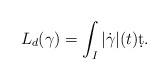
LaTeX: \begin{align*}L_d(\gamma)=\int_I |\dot{\gamma}|(t)\d t .\end{align*}